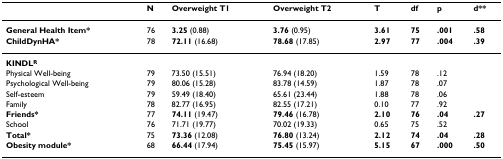
|  | N | Overweight T1 | Overweight T2 | T | df | p | d** |
 | --- | --- | --- | --- | --- | --- | --- | --- |
 | General Health Item* | 76 | 3.25 (0.88) | 3.76 (0.95) | 3.61 | 75 | .001 | .58 |
 | ChildDynHA* | 78 | 72.11 (16.68) | 78.68 (17.85) | 2.97 | 77 | .004 | .39 |
 | KINDLR |  |  |  |  |  |  |  |
 | Physical Well-being | 79 | 73.50 (15.51) | 76.94 (18.20) | 1.59 | 78 | .12 |  |
 | Psychological Well-being | 79 | 80.06 (15.28) | 83.78 (14.59) | 1.87 | 78 | .07 |  |
 | Self-esteem | 79 | 59.49 (18.40) | 65.61 (23.44) | 1.88 | 78 | .06 |  |
 | Family | 78 | 82.77 (16.95) | 82.55 (17.21) | 0.10 | 77 | .92 |  |
 | Friends* | 77 | 74.11 (19.47) | 79.46 (16.78) | 2.10 | 76 | .04 | .27 |
 | School | 76 | 71.71 (19.77) | 70.02 (19.33) | 0.65 | 75 | .52 |  |
 | Total* | 75 | 73.36 (12.08) | 76.80 (13.24) | 2.12 | 74 | .04 | .28 |
 | Obesity module* | 68 | 66.44 (17.94) | 75.45 (15.97) | 5.15 | 67 | .000 | .50 |